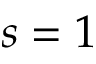
s = 1